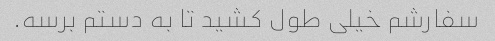
سفارشم خیلی طول کشید تا به دستم برسه.